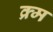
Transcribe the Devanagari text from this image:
क्र्म